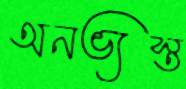
অনভ্যস্ত